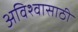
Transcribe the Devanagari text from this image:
अविश्‍वासाठी